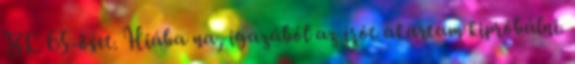
BL 65-öset. Hiába na, igazából az írót akartam kipróbálni.